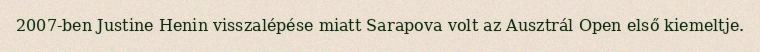
2007-ben Justine Henin visszalépése miatt Sarapova volt az Ausztrál Open első kiemeltje.